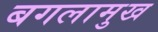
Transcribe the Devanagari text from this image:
बगलामुख